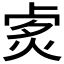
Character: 𤈭